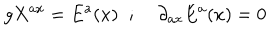
g X ^ { a x } = E ^ { a } ( x ) \; \; ; \; \partial _ { a x } E ^ { a } ( x ) = 0